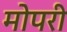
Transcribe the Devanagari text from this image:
मोपरी